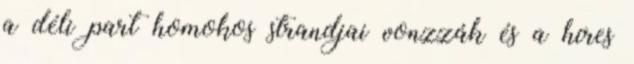
a déli part homokos strandjai vonzzák és a híres